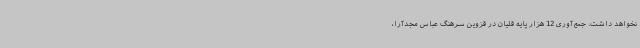
نخواهد داشت. جمع‌آوری 12 هزار پایه قلیان در قزوین سرهنگ عباس مجدآرا،